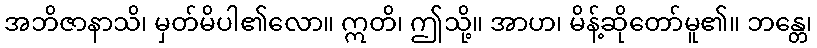
အဘိဇာနာသိ၊ မှတ်မိပါ၏လော။ ဣတိ၊ ဤသို့။ အာဟ၊ မိန့်ဆိုတော်မူ၏။ ဘန္တေ၊